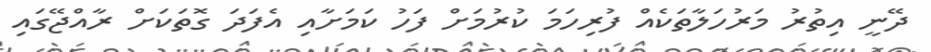
ދޭނީ އިތުރު މަރުހަލާތަކެއް ފުރިހަމަ ކުރުމަށް ފަހު ކަމަށާއި އެފަދަ ގޮތަކަށް ރާއްޖޭގައި